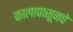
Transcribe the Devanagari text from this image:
कालापासूनचे